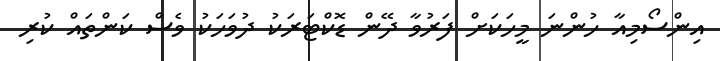
އިންސޯމިއާ ހުންނަ މީހަކަށް ފަރުވާ ދޭން ޑޮކްޓަރަކު ދުވަހަކު ވެސް ކަންތައް ކުރި